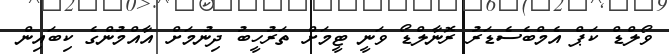
ވޯލްޑް ކަޕް އެމްބެސެޑަރު ރޮނާލްޑޯ ވަނީ ޓީމަށް ތަރުހީބު ދިނުމަށް އާއްމުންގެ ކިބައިން